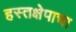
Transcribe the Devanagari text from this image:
हस्तक्षेपाचा